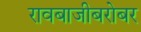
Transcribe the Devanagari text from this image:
रावबाजीबरोबर